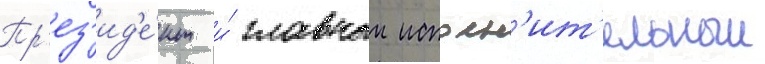
Пр'ез'ид'е́нт и́ главныи исполн'ит'ельныи